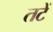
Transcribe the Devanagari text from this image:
तटें